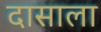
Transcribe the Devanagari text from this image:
दासाला